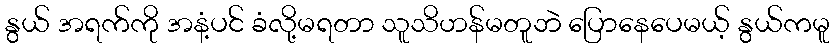
နွယ် အရက်ကို အနံ့ပင် ခံလို့မရတာ သူသိဟန်မတူဘဲ ပြောနေပေမယ့် နွယ်ကမူ